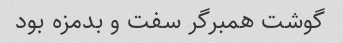
گوشت همبرگر سفت و بدمزه بود